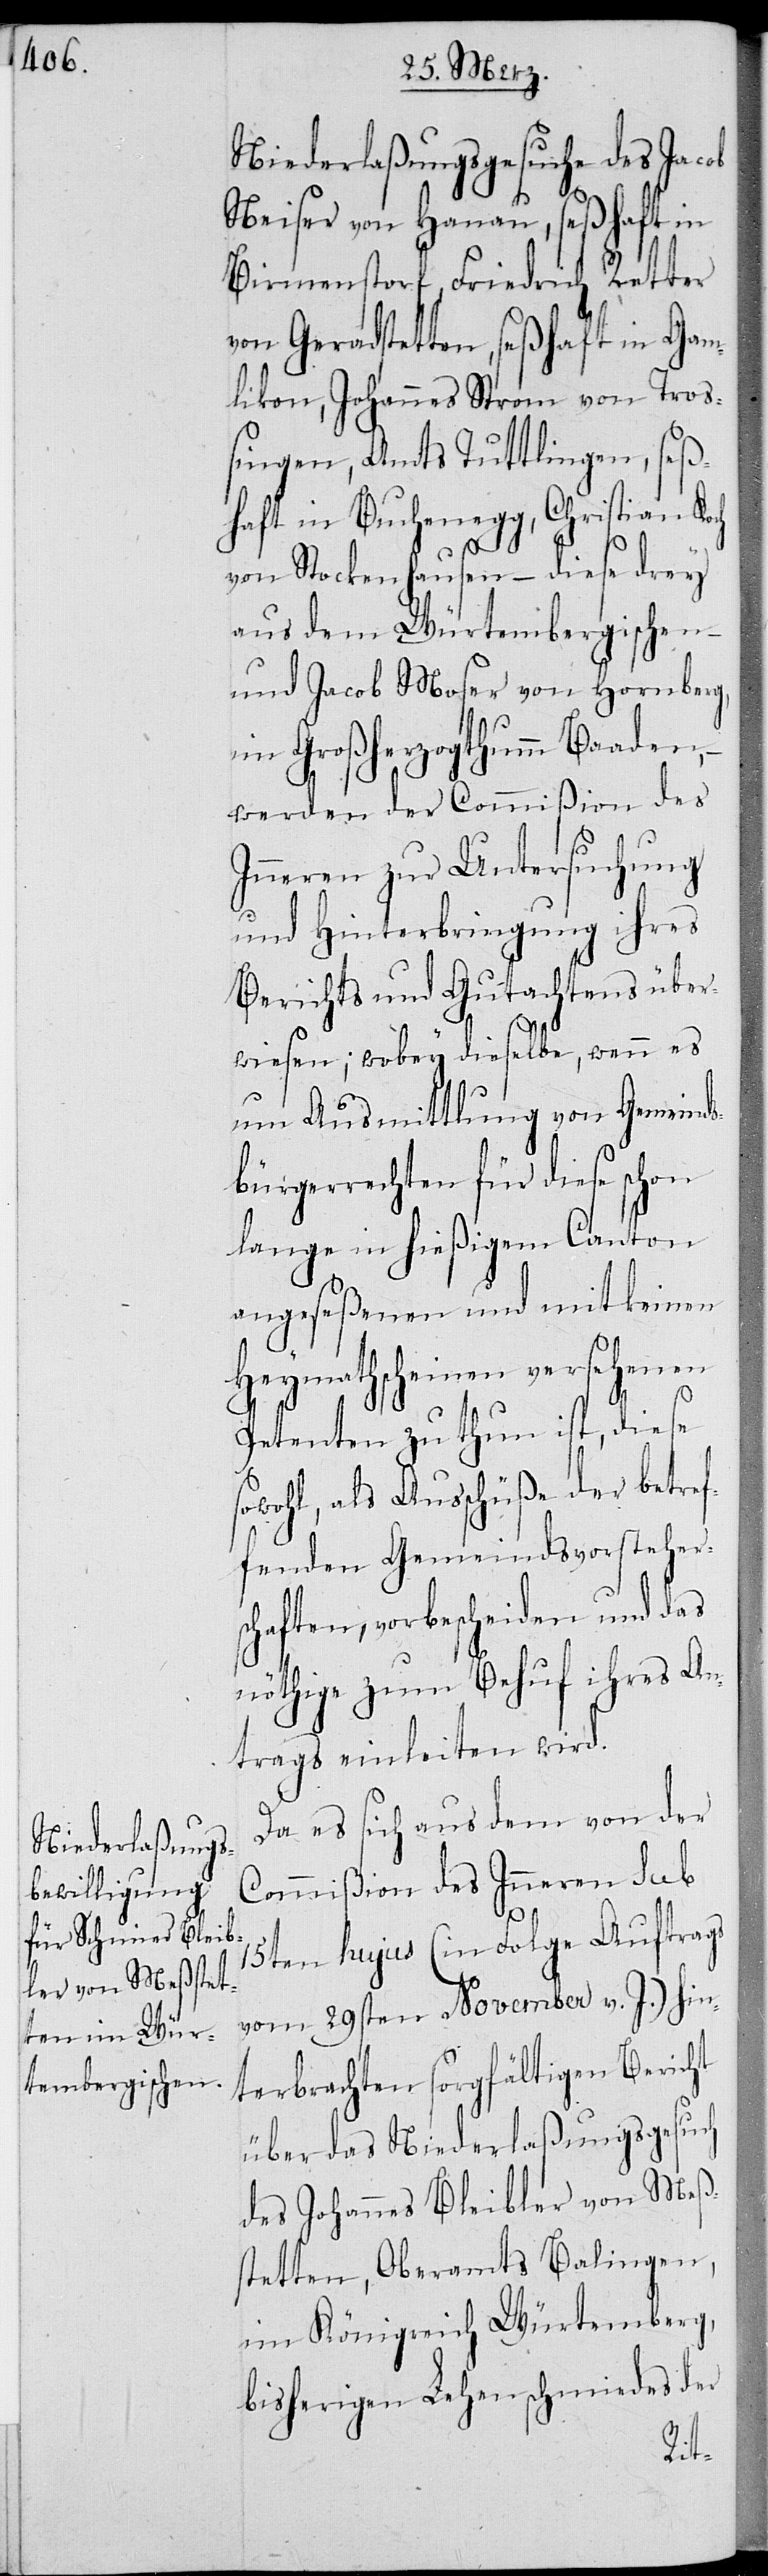
Niederlaßungsgesuche des Jacob
Neiser von Hanau, seßhaft in
Birmenstorf, Friedrich Retter
von Geradstetten, seßhaft in Gam¬
likon, Johannes Strom von Troß¬
ingen, Amts Tuttlingen, seß¬
haft in Buchenegg, Christian Koch
von Stockenhausen, – diese drey
aus dem Würtembergischen,
und Jacob Moser von Hornberg,
im Großherzogthumm Baaden,
werden der Commißion des
Inneren zur Untersuchung
und Hinterbringung ihres
Berichts und Gutachtens über¬
wiesen; wobey dieselbe, wenn es
die Ausmittlung von Gemeinds¬
bürgerrechten für diese schon
lange in hießigem Canton
angeseßenen und mit keinen
Heymathscheinen versehenen
Petenten zu thun ist, diese
sowohl, als Ausschüße der betref¬
fenden Gemeindsvorstehers¬
chaften, vorbescheiden und das
nöthige zum Behuf ihres An¬
trags einleiten wird.
Da es sich aus dem von der
Commißion des Inneren sub
15ten hujus (in Folge Auftrags
vom 29sten November v. J.) hin¬
terbrachten sorgfältigen Bericht
über das Niederlaßungsgesuch
des Johannes Bleibler von Meß¬
stetten, Oberamts Balingen,
im Königreich Würtemberg,
bisherigen Lehenschmiedes der